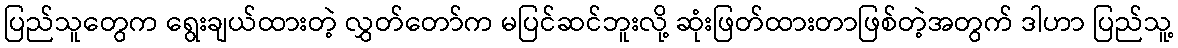
ပြည်သူတွေက ရွေးချယ်ထားတဲ့ လွှတ်တော်က မပြင်ဆင်ဘူးလို့ ဆုံးဖြတ်ထားတာဖြစ်တဲ့အတွက် ဒါဟာ ပြည်သူ့